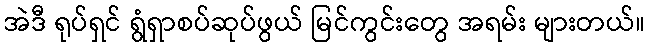
အဲဒီ ရုပ်ရှင် ရွံရှာစပ်ဆုပ်ဖွယ် မြင်ကွင်းတွေ အရမ်း များတယ်။